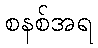
စနစ်အရ